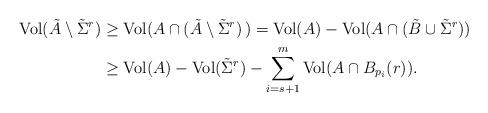
LaTeX: \begin{align*} {\rm Vol}(\tilde A\setminus {\tilde \Sigma}^{r}) & \geq{\rm Vol}(A \cap (\tilde A\setminus {\tilde\Sigma}^{r})\,) = {\rm Vol}(A) - {\rm Vol}(A\cap (\tilde B \cup {\tilde \Sigma}^{r})) \\& \geq {\rm Vol}(A) - {\rm Vol}({\tilde \Sigma}^{r}) - \sum_{i=s+1}^m {\rm Vol}(A\cap B_{p_i}(r)). \\\end{align*}